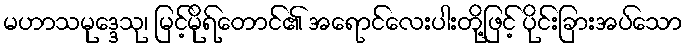
မဟာသမုဒ္ဒေသု၊ မြင့်မိုရ်တောင်၏ အရောင်လေးပါးတို့ဖြင့် ပိုင်းခြားအပ်သော